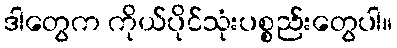
ဒါတွေက ကိုယ်ပိုင်သုံးပစ္စည်းတွေပါ။